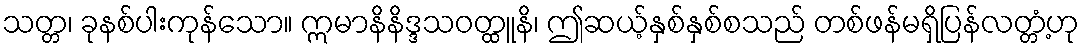
သတ္တ၊ ခုနစ်ပါးကုန်သော။ ဣမာနိနိဒ္ဒသဝတ္ထူနိ၊ ဤဆယ့်နှစ်နှစ်စသည် တစ်ဖန်မရှိပြန်လတ္တံ့ဟု